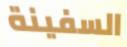
السفينة